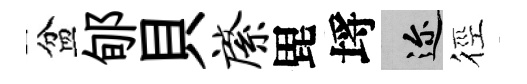
盆郇貝綮毘埓邇徑